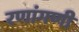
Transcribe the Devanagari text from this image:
रणांगणीं